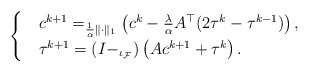
\begin{align*}\begin{cases}&c^{k+1} = _{\frac{1}{\alpha}\|\cdot\|_1}\left( c^k - \frac{\lambda}{\alpha}A^\top(2\tau^k - \tau^{k-1})\right), \\ & \tau^{k+1} = \left(I - _{\iota_{\mathcal{F}}}\right)\left(Ac^{k+1} + \tau^k\right). \end{cases}\end{align*}